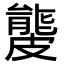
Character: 𥀡